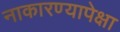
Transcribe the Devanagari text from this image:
नाकारण्यापेक्षा